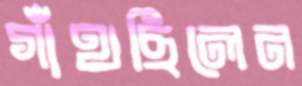
গাঁথছিলেন